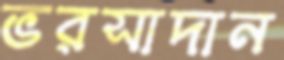
ভরসাদান